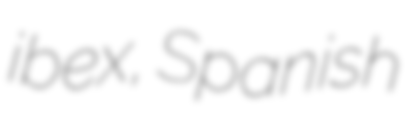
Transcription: ibex, Spanish